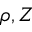
\rho , Z